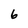
Character: 6